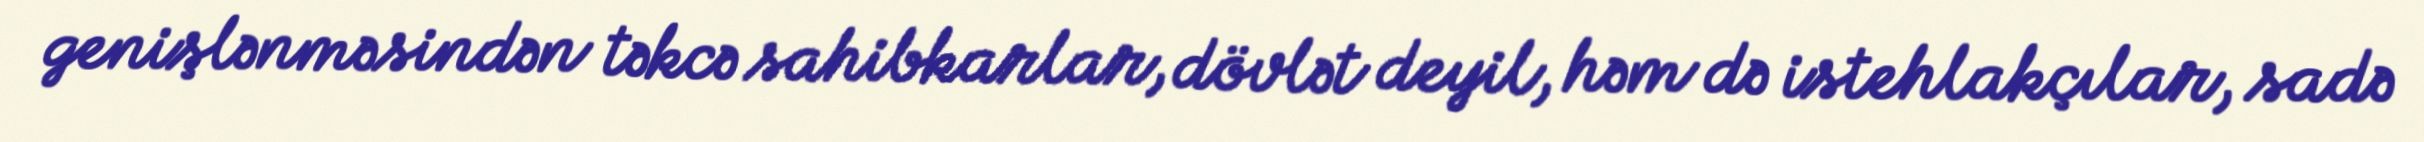
genişlənməsindən təkcə sahibkarlar, dövlət deyil, həm də istehlakçılar, sadə